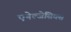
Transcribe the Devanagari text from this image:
एनेल्जेसिक्स